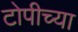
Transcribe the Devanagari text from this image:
टोपीच्या